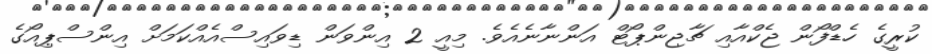
ކުރީގެ ހެޑްފޯން ޖެކްއާއި ޗާޖިންޕޯޓް އަންނާނެއެވެ. މިއީ 2 އިންވަން ޑިވައިސްއެއްކަމަށް އިންސްޕިއޯގެ